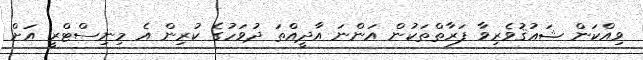
ވިއްކަން ޝަޢުޤުވެރިވާ ފަރާތްތަކުން އަންނަ އާދީއްތަ ދުވަހުގެ ކުރިން އެ މިނިސްޓްރީ އަށް